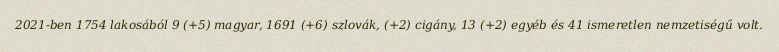
2021-ben 1754 lakosából 9 (+5) magyar, 1691 (+6) szlovák, (+2) cigány, 13 (+2) egyéb és 41 ismeretlen nemzetiségű volt.